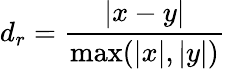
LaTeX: d_{r}={\frac{|x-y|}{\operatorname*{max}(|x|,|y|)}}